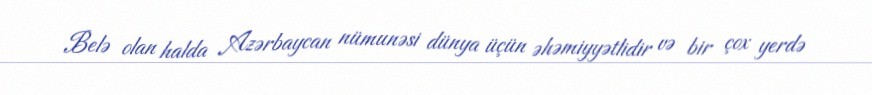
Belə olan halda Azərbaycan nümunəsi dünya üçün əhəmiyyətlidir və bir çox yerdə